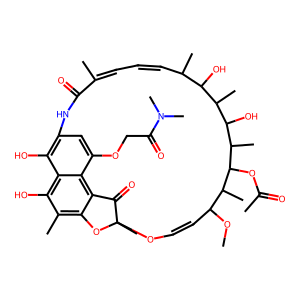
SMILES: COC1C=COC2(C)Oc3c(C)c(O)c4c(O)c(cc(OCC(=O)N(C)C)c4c3C2=O)NC(=O)C(C)=CC=CC(C)C(O)C(C)C(O)C(C)C(OC(C)=O)C1C
Inhibits HIV replication: No